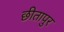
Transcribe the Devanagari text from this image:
छीतापुर